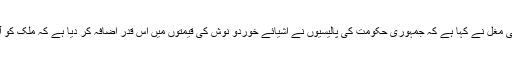
14جنوری 2013ء) پاکستان اکانومی واچ کے صدر ڈاکٹر مرتضیٰ مغل نے کہا ہے کہ جمہوری حکومت کی پالیسیوں نے اشیائے خوردو نوش کی قیمتوں میں اس قدر اضافہ کر دیا ہے کہ ملک کو آدھی آبادی کوپیٹ بھر کر دو وقت کا کھانا بھی نصیب نہیں ہو رہا۔